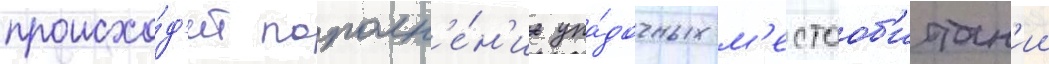
происхо́д'ит пополн'е́н'ие упа́дочных м'естооб'итан'ии